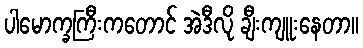
ပါမောက္ခကြီးကတောင် အဲဒီလို ချီးကျူးနေတာ။